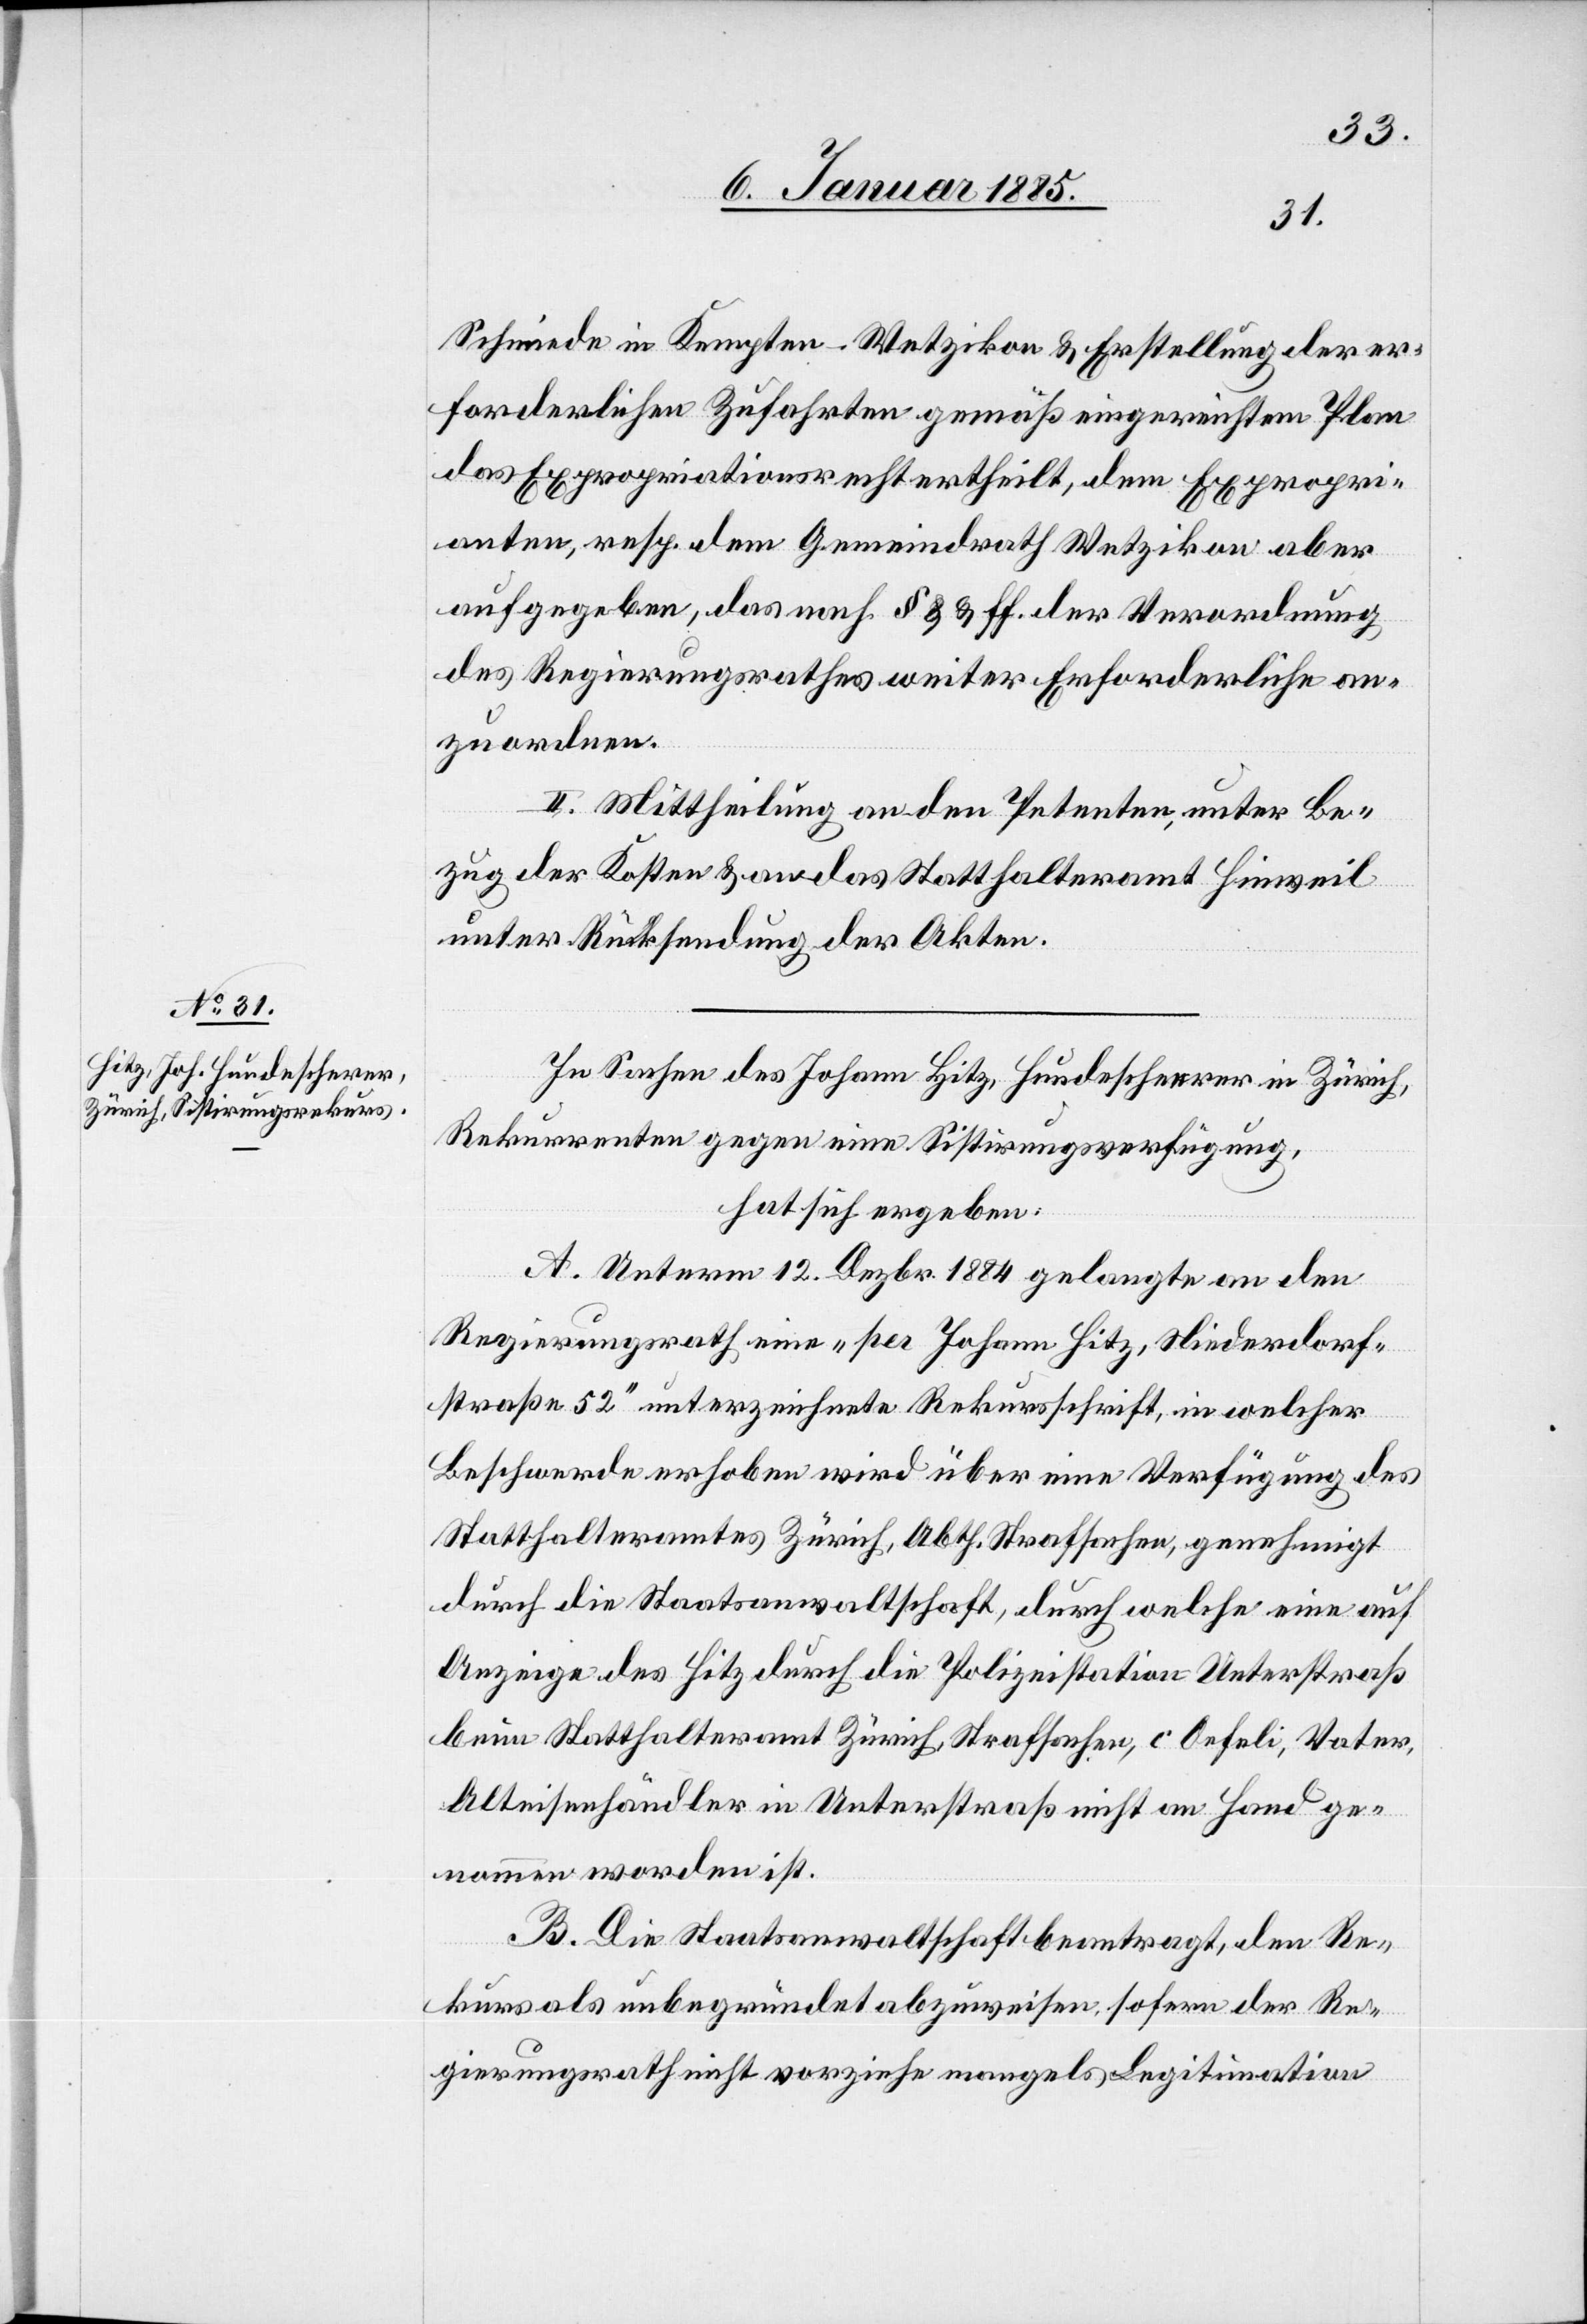
Schmiede in Kempten - Wetzikon & Erstellung der er¬
forderlichen Zufahrten gemäß eingereichtem Plan
das Expropriationsrecht ertheilt, dem Expropri¬
enten, resp. dem Gemeindrath Wetzikon aber
aufgegeben, das nach § 8 & ff. der Verordnung
des Regierungsrathes weiter Erforderliche an¬
zuordnen.
II. Mittheilung an den Petenten, unter Be¬
zug der Kosten & an das Statthalteramt Hinweil
unter Rücksendung der Akten.
In Sachen des Johann Hitz, Hundescherrer in Zürich,
Rekurrenten gegen eine Sistirungsverfügung,
hat sich ergeben:
A. Unterm 12. Dezbr. 1884 gelangte an den
Regierungsrath eine „per Johann Hitz, Niederdorf¬
straße 52“ unterzeichnete Rekursschrift, in welcher
Beschwerde erhoben wird über eine Verfügung des
Statthalteramtes Zürich, Abth. Strafsachen, genehmigt
durch die Staatsanwaltschaft, durch welche eine auf
Anzeige des Hitz durch die Polizeistation Unterstraß
beim Statthalteramt Zürich, Strafsachen, c. Oefeli, Vater,
Alteisenhändler in Unterstraß nicht an Hand ge¬
nommen worden ist.
B. Die Staatsanwaltschaft beantragt, den Re¬
kurs als unbegründet abzuweisen, sofern der Re¬
gierungsrath nicht vorziehe mangels Legitimation